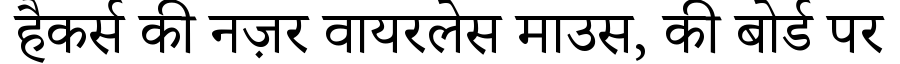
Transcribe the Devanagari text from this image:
हैकर्स की नज़र वायरलेस माउस, की बोर्ड पर